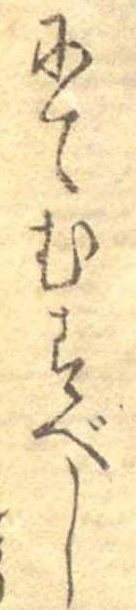
にてむすべし